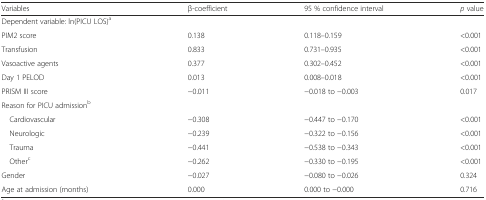
<table><thead><tr><td><b>Variables</b></td><td><b>β-coefficient</b></td><td><b>95 % confidence interval</b></td><td><b><i>p</i> value</b></td></tr></thead><tbody><tr><td>Dependent variable: ln(PICU LOS)<sup>a</sup></td><td></td><td></td><td></td></tr><tr><td>PIM2 score</td><td>0.138</td><td>0.118–0.159</td><td>&lt;0.001</td></tr><tr><td>Transfusion</td><td>0.833</td><td>0.731–0.935</td><td>&lt;0.001</td></tr><tr><td>Vasoactive agents</td><td>0.377</td><td>0.302–0.452</td><td>&lt;0.001</td></tr><tr><td>Day 1 PELOD</td><td>0.013</td><td>0.008–0.018</td><td>&lt;0.001</td></tr><tr><td>PRISM III score</td><td>−0.011</td><td>−0.018 to −0.003</td><td>0.017</td></tr><tr><td>Reason for PICU admission<sup>b</sup></td><td></td><td></td><td></td></tr><tr><td> Cardiovascular</td><td>−0.308</td><td>−0.447 to −0.170</td><td>&lt;0.001</td></tr><tr><td> Neurologic</td><td>−0.239</td><td>−0.322 to −0.156</td><td>&lt;0.001</td></tr><tr><td> Trauma</td><td>−0.441</td><td>−0.538 to −0.343</td><td>&lt;0.001</td></tr><tr><td> Other<sup>c</sup></td><td>−0.262</td><td>−0.330 to −0.195</td><td>&lt;0.001</td></tr><tr><td>Gender</td><td>−0.027</td><td>−0.080 to −0.026</td><td>0.324</td></tr><tr><td>Age at admission (months)</td><td>0.000</td><td>0.000 to −0.000</td><td>0.716</td></tr></tbody></table>